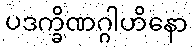
ပဒက္ခိဏဂ္ဂါဟိနော